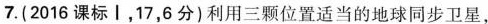
7. (2016课标Ⅰ，17，6分)利用三颗位置适当的地球同步卫星，